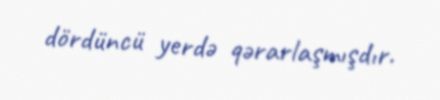
dördüncü yerdə qərarlaşmışdır.